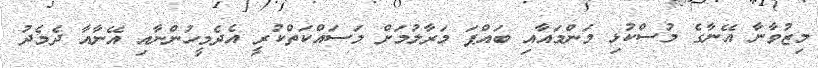
މިޒުވާނާ އޭނާގެ މުސްކުޅި މަންމައާއި ބައްޕަ މަރާލުމަށް މަސައްކަތްކުރީ އެދެމީހުންނާއި އޭނާއާ ދެމެދު